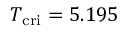
T _ { \mathrm { c r i } } = 5 . 1 9 5